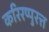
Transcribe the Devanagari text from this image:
करिरप्पुरत्त